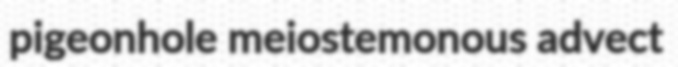
pigeonhole meiostemonous advect